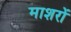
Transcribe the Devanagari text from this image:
माशरों